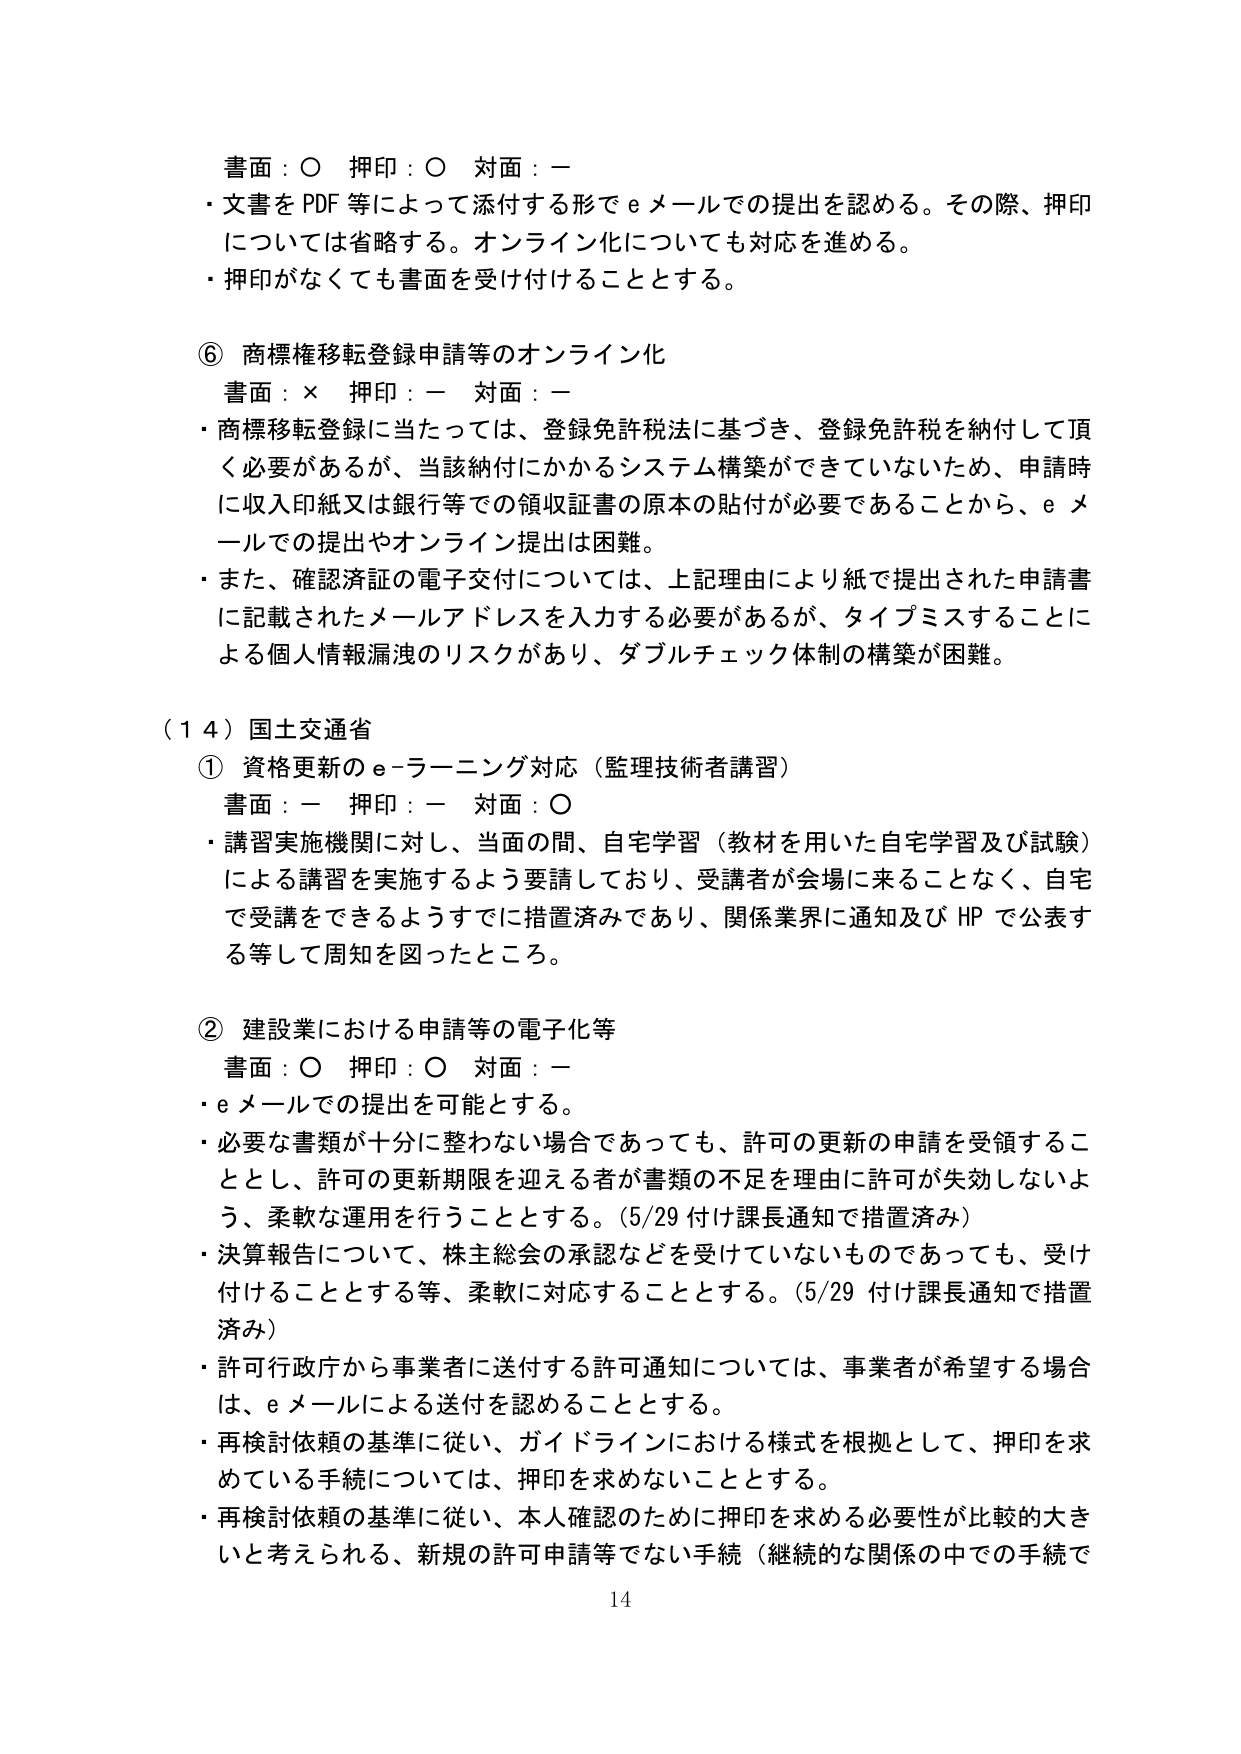
書面：○ 押印：○ 対面：－
・文書を PDF 等によって添付する形で e メールでの提出を認める。その際、押印については省略する。オンライン化についても対応を進める。
・押印がなくても書面を受け付けることとする。

⑥ 商標権移転登録申請等のオンライン化
書面：× 押印：－ 対面：－
・商標移転登録に当たっては、登録免許税法に基づき、登録免許税を納付して頂く必要があるが、当該納付にかかるシステム構築ができていないため、申請時に収入印紙又は銀行等での領収証書の原本の貼付が必要であることから、e メールでの提出やオンライン提出は困難。
・また、確認済証の電子交付については、上記理由により紙で提出された申請書に記載されたメールアドレスを入力する必要があるが、タイプミスすることによる個人情報漏洩のリスクがあり、ダブルチェック体制の構築が困難。

（１４）国土交通省
① 資格更新の e-ラーニング対応（監理技術者講習）
書面：－ 押印：－ 対面：○
・講習実施機関に対し、当面の間、自宅学習（教材を用いた自宅学習及び試験）による講習を実施するよう要請しており、受講者が会場に来ることなく、自宅で受講をできるようすでに措置済みであり、関係業界に通知及び HP で公表する等して周知を図ったところ。

② 建設業における申請等の電子化等
書面：○ 押印：○ 対面：－
・e メールでの提出を可能とする。
・必要な書類が十分に整わない場合であっても、許可の更新の申請を受領することとし、許可の更新期限を迎える者が書類の不足を理由に許可が失効しないよう、柔軟な運用を行うこととする。（5/29 付け課長通知で措置済み）
・決算報告について、株主総会の承認などを受けていないものであっても、受け付けることとする等、柔軟に対応することとする。（5/29 付け課長通知で措置済み）
・許可行政庁から事業者に送付する許可通知については、事業者が希望する場合は、e メールによる送付を認めることとする。
・再検討依頼の基準に従い、ガイドラインにおける様式を根拠として、押印を求めている手続については、押印を求めないこととする。
・再検討依頼の基準に従い、本人確認のために押印を求める必要性が比較的大きいと考えられる、新規の許可申請等でない手続（継続的な関係の中での手続で

14